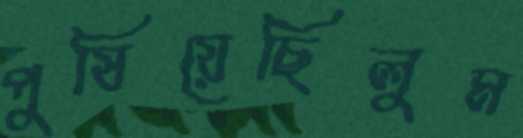
পুষিয়েছিলুম